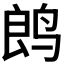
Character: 𬸏